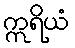
ဣရိယံ